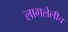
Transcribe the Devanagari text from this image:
लागलेलीच